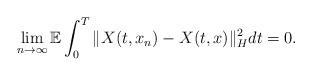
LaTeX: \begin{align*}\lim_{n\rightarrow\infty}\mathbb{E}\int_0^T \Vert X(t,x_n) - X(t,x) \Vert_H^2 dt = 0 .\end{align*}